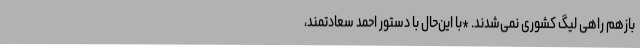
بازهم راهی لیگ کشوری نمی‌شدند. *با این‌حال با دستور احمد سعادتمند،